Vaccination in Burma 1889-1999 - 1889-1999
Year: 1889
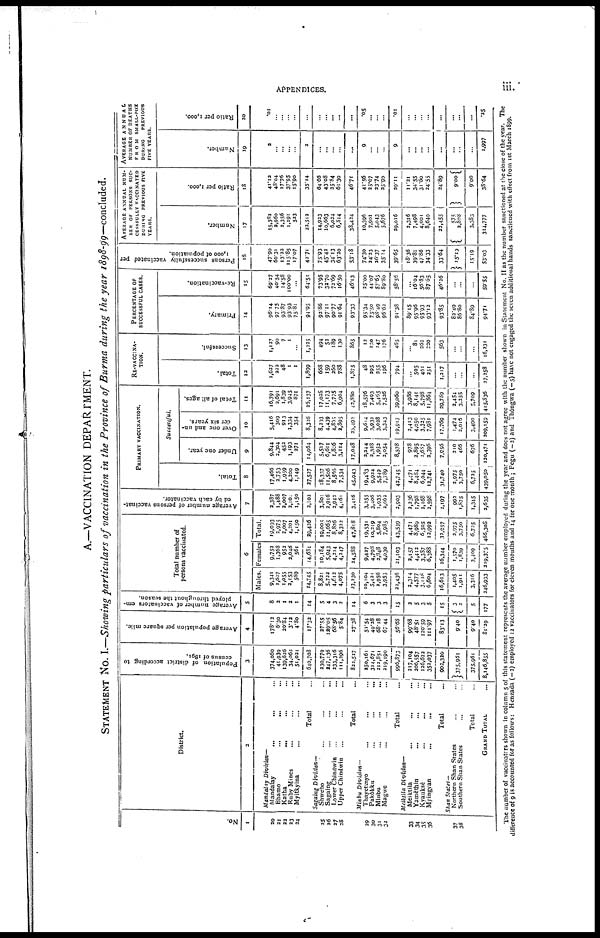
APPENDICES.
iii.
A.—VACCINATION DEPARTMENT.
STATEMENT No. I.—Showing particulars of vaccination in the Province of Burma during the year 1898-99—concluded.
No.
1
20
21
23
23
24
25
26
27
28
29
30
31
32
33
34
35
36
37
38
District
2
Mandalay
Division—
Mandalay
... ... ...
Bhamo
...
. . . ...
Katha ... ... ...
Ruby Mines ... ... ...
Myitkyina ... ... ...
Total ...
Sagaing Division—
Shwebo ... ... ...
Sagaing ... ... ...
Lower Chindwin ... ... ...
Upper Chindwin ... ... ...
Total ...
Minbu Division—
Thayetinyo ... ... ...
Pakôkku ... ... ...
Minbu ... ... ...
Magwe ... ... ...
Total ...
Meiktila
Division—
Meiktila ... ... ...
Yamèthin ... ... ...
Kyauksè ... ... ...
Myingyan
...
...
...
Total ...
Shan States—
Northern Shan States ... ...
Southern Shan States ... ...
Total ...
GRAND TOTAL ...
Population of district according to
census of 1891.
3
374,060
41,939
139,616
34,062
51,021
640,703
230,779
247,136
233,316
111,296
822,517
250,161
314,671
212,851
219,190
996,873
217,104
206,557
126,622
352,037
902,320
375,961
375,961
8,146,855
Average population per square mile.
4
178.12
6.30
20.84
3.12
4.80
17.32
27.55
129.05
68.56
5.84
27.38
51.54
49.28
68.18
67.44
56.68
99.68
48.51
120.59
111.97
83.13
9.40
9.40
81.29
Average number of vaccinators em-
ployed throughout the season.
5
8
2
1
2
1
14
5
4
3
2
14
6
3
3
3
15
2
5
3
5
15
.
2
5
177
Total number of
persons vaccinated.
6
Males.
9,341
1,607
1,055
2,153
589
14,745
8,821
5,722
4,612
4,075
23,230
10,104
5,421
2,956
3,955
22,436
2,314
4,577
3,128
6,604
16,613
1,405
1,911
3,316
246,933
Females
9,752
1,368
952
2,048
561
14,681
10,184
5,943
4,214
4,247
24,588
9,427
4,798
2,848
4,030
21,103
2,157
4,412
3,387
6,388
16,344
1,570
1,839
3,409
219,375
Total.
19,093
2,975
2,007
4,201
1,150
29,426
19,005
11,665
8,826
8,322
47,818
19,531
10,219
5,804
7,985
43,539
4,471
8,989
6,505
12,992
32,957
3,975
3,750
6,725
466,308
Average number of persons vaccinat-
ed by each vaccinator.
7
2,387
1,488
2,007
2,101
1,150
2,102
3,801
2,916
2,942
4,161
3,416
3,255
3,406
1,935
2,662
...
2,236
1,798
2,168
2,598
2,197
992
1,875
1,345
2,635
PRIMARY VACCINATION.
Total.
8
17,466
2,753
1,959
4,200
1,149
27,527
18,337
11,506
8,566
7,534
45,943
19,483
9,924
5,549
7,789
...
4,471
8,484
6,044
12,741
31,740
3,975
3,750
6,725
439,050
Successful.
Under one year.
9
9,844
2,304
452
1,193
271
14,064
5,517
6,611
1,806
3,114
17,048
2,244
2,328
1,953
2,054
8,578
978
2,895
1,687
2,396
7,956
210
466
676
130,471
Over one and un-
der six years.
10
5,416
309
913
1,334
354
8,326
8,293
4,439
4,855
2,895
20,492
9,614
3,932
3,028
3,343
19,917
2,413
4,050
3,325
7,981
17,769
1,474
2,016
3,490
209,159
Total of all ages.
11
16,791
2,691
1,839
3,945
871
26,137
17,028
11,173
7,775
6,904
42,880
18,576
7,493
5,465
7,526
39,060
3,986
8,141
5,798
11,864
29,789
2,454
3,255
5,709
415,836
RE-VACCINA-
----.
Total.
12
1,627
222
48
1
1
1,899
668
159
260
788
1,875
48
295
255
196
794
...
505
461
251
1,217
...
...
...
27,258
Successful.
13
1,127
90
7
1
...
1,225
494
52
189
130
865
12
130
147
176
465
...
81
262
220
563
...
...
...
16,231
PERCENTAGE OF
SUCCESSFUL CASES.
Primary.
14
96.14
97.75
93.87
93.93
75.81
94.95
92.86
97.11
90.77
91.64
93.33
95.34
75.50
98.49
96.62
91.38
89.15
95.96
95.93
93.12
93.85
83.49
86.80
84.89
94.71
Re-vaccination.
15
69.37
40.54
14.58
100.00
...
64.51
73.95
32.70
72.69
16.50
46.13
25.00
44.07
57.65
89.80
58.56
...
16.04
56.83
87.65
46.26
...
...
...
59.55
Persons successfully vaccinated per
1,000 of population.
16
47.90
60.31
13.23
115.85
17.07
42.71
75.93
45.42
34.13
63.20
53.18
74.30
24.23
26.37
35.14
39.65
18.36
39.81
47.86
34.33
33.64
15.19
15.19
53.03
AVERAGE ANNUAL NUM-
--- OF PERSONS SUC-
CESSFULLY VACCINATED
DURING PREVIOUS FIVE
YEARS.
Number.
17
15,382
2,960
2,356
1,291
523
22,512
14,923
10,663
6,024
6,814
38,424
10,396
7,901
5,043
5,676
29,016
3,316
7,498
4,001
8,640
22,455
575
2,808
3,333
314,777
Ratio per 1,000.
18
41.12
48.04
17.76
37.95
15.90
35.14
64.66
43.08
25.84
61.30
46.71
41.56
25.07
23.74
25.90
29.11
11.21
34.55
31.60
24.55
24.89
9. 00
9.00
38.64
AVERAGE ANNUAL
NUMBER OF DEATHS
FROM SMALL-POX
DURING
PREVIOUS
FIVE YEARS.
Number.
19
2
...
...
...
...
2
...
...
...
...
...
9
...
...
...
9
...
...
...
...
...
...
...
...
1,997
Ratio per 1,000.
20
.01
...
...
...
...
...
...
...
...
...
...
.05
...
...
...
.01
...
...
...
...
...
...
...
...
.25
The number of vaccinators shown in column 5 of this statement represents the average number employed during the year and does not agree with the number shown in Statement No. II as the number sanctioned at the close of the year. The
difference of 9 is accounted for as follows: Henzada (—3) employed 12 vaccinators for eleven months and 14 for one month; Pegu (—2) and Thôngwa (—5) have not engaged the seven additional hands sanctioned with effect from 1st March 1899.